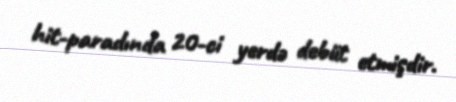
hit-paradında 20-ci yerdə debüt etmişdir.